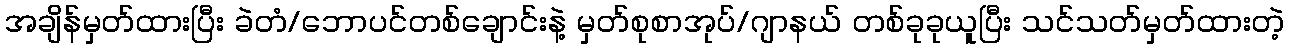
အချိန်မှတ်ထားပြီး ခဲတံ/ဘောပင်တစ်ချောင်းနဲ့ မှတ်စုစာအုပ်/ဂျာနယ် တစ်ခုခုယူပြီး သင်သတ်မှတ်ထားတဲ့